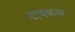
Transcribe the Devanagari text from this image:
टायफस